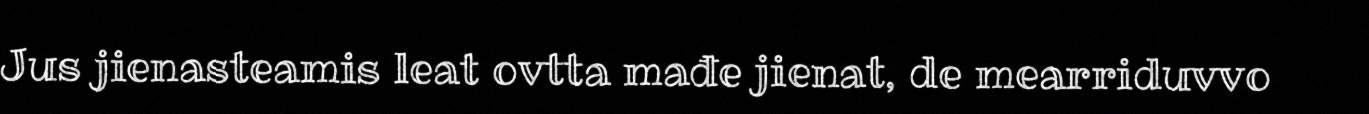
Jus jienasteamis leat ovtta mađe jienat, de mearriduvvo